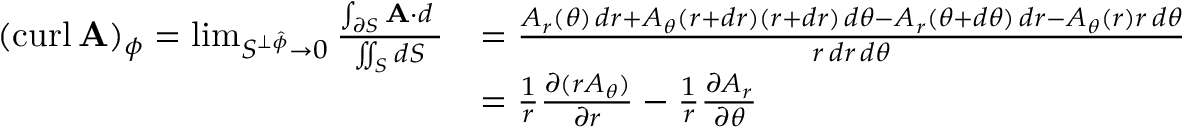
{ \begin{array} { r l } { ( \operatorname { c u r l } \mathbf { A } ) _ { \phi } = \operatorname* { l i m } _ { S ^ { \perp { \boldsymbol { \hat { \phi } } } } \to 0 } { \frac { \int _ { \partial S } \mathbf { A } \cdot d \mathbf { \ell } } { \iint _ { S } d S } } } & { = { \frac { A _ { r } ( \theta ) \, d r + A _ { \theta } ( r + d r ) ( r + d r ) \, d \theta - A _ { r } ( \theta + d \theta ) \, d r - A _ { \theta } ( r ) r \, d \theta } { r \, d r \, d \theta } } } \\ & { = { \frac { 1 } { r } } { \frac { \partial ( r A _ { \theta } ) } { \partial r } } - { \frac { 1 } { r } } { \frac { \partial A _ { r } } { \partial \theta } } } \end{array} }